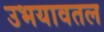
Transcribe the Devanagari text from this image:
उभयावतल